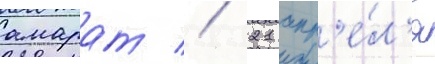
амарат // 21 апр'е́л'я